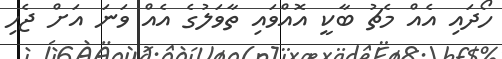
ހޯދައި އެއް މެޗު ބާކީ އޮއްވައި ތާވަލުގެ އެއް ވަނަ އަށް ޖެހި